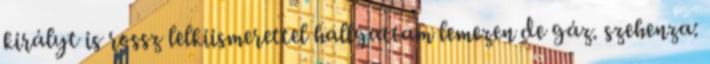
királyt is rossz lelkiismerettel hallgattam lemezen de gáz. szehenza: